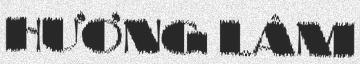
HƯƠNG LÂM